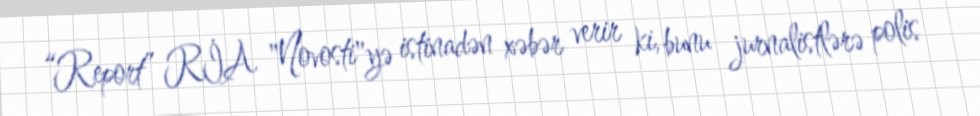
“Report” RİA "Novosti"yə istinadən xəbər verir ki, bunu jurnalistlərə polis